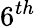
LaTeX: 6^{th}